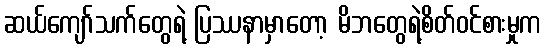
ဆယ်ကျော်သက်တွေရဲ့ ပြဿနာမှာတော့ မိဘတွေရဲ့စိတ်ဝင်စားမှုက